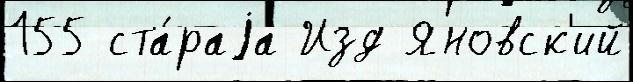
155 ста́раjа Изд Яновск'ий